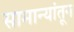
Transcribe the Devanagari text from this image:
सामान्यांतून